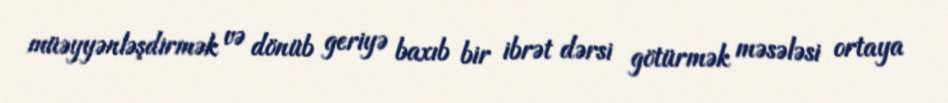
müəyyənləşdirmək və dönüb geriyə baxıb bir ibrət dərsi götürmək məsələsi ortaya